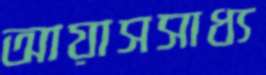
আয়াসসাধ্য